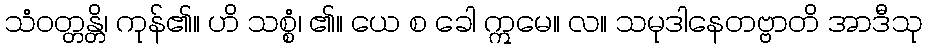
သံဝတ္တန္တိ၊ ကုန်၏။ ဟိ သစ္စံ၊ ၏။ ယေ စ ခေါ ဣမေ။ လ။ သမုဒါနေတဗ္ဗာတိ အာဒီသု